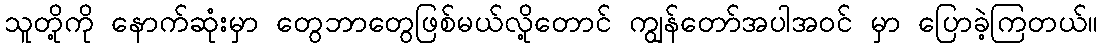
သူတို့ကို နောက်ဆုံးမှာ တွေဘာတွေဖြစ်မယ်လို့တောင် ကျွန်တော်အပါအဝင် မှာ ပြောခဲ့ကြတယ်။